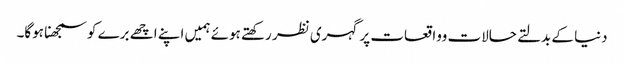
دنیا کے بدلتے حالات وواقعات پر گہری نظر رکھتے ہوئے ہمیں اپنے اچھے برے کو سمجھنا ہوگا۔